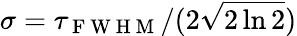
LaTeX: \sigma=\tau_{\mathrm{~F~W~H~M~}}/(2\sqrt{2\ln{2}})